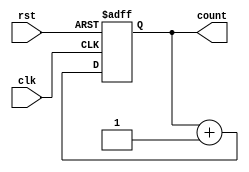
`timescale 1ns / 1ps
//////////////////////////////////////////////////////////////////////////////////
// Company: 
// Engineer: 
// 
// Design Name: 
// Module Name: ripple_counter
// Project Name: 
// Target Devices: 
// Tool Versions: 
// Description: 
// 
// Dependencies: 
// 
// Revision:
// Revision 0.01 - File Created
// Additional Comments:
// 
//////////////////////////////////////////////////////////////////////////////////



module ripple_counter (
  input wire clk,
  input wire rst,
  output reg [3:0] count
);

  always @(posedge clk or posedge rst) begin
    if (rst) begin
      count <= 4'b0000;
    end else begin
      count <= count + 1;
    end
  end

endmodule